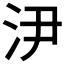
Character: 𣲫